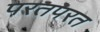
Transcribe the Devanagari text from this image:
परतपरत